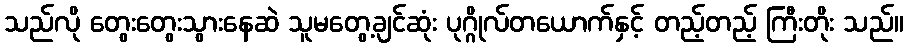
သည်လို တွေးတွေးသွားနေဆဲ သူမတွေ့ချင်ဆုံး ပုဂ္ဂိုလ်တယောက်နှင့် တည့်တည့် ကြီးတိုး သည်။